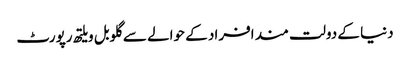
دنیا کے دولت مند افراد کے حوالے سے گلوبل ویلتھ رپورٹ